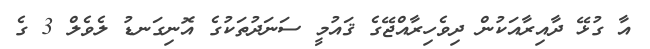
އާ ގުޅޭ ދާއިރާއަކުން ދިވެހިރާއްޖޭގެ ޤައުމީ ސަނަދުތަކުގެ އޮނިގަނޑު ލެވެލް 3 ގެ